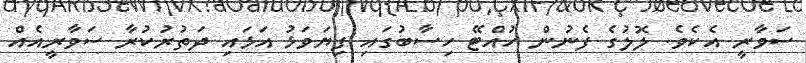
ސަވާރީ އެކެވެ. ލޮލުގެ ފެނުން ހުއްޓޭ ހިސާބުގައި ފިޔަވަޅު އަޅައި ދަތުރުކުރާ ސަވާރީއެއް